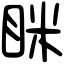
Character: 眯